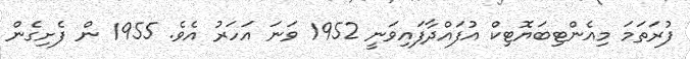
ފުރަތަމަ މިއެންޓިބަޔޮޓިކް އުފައްދާފައިވަނީ 1952 ވަނަ އަހަރު އެވެ. 1955 ން ފެށިގެން